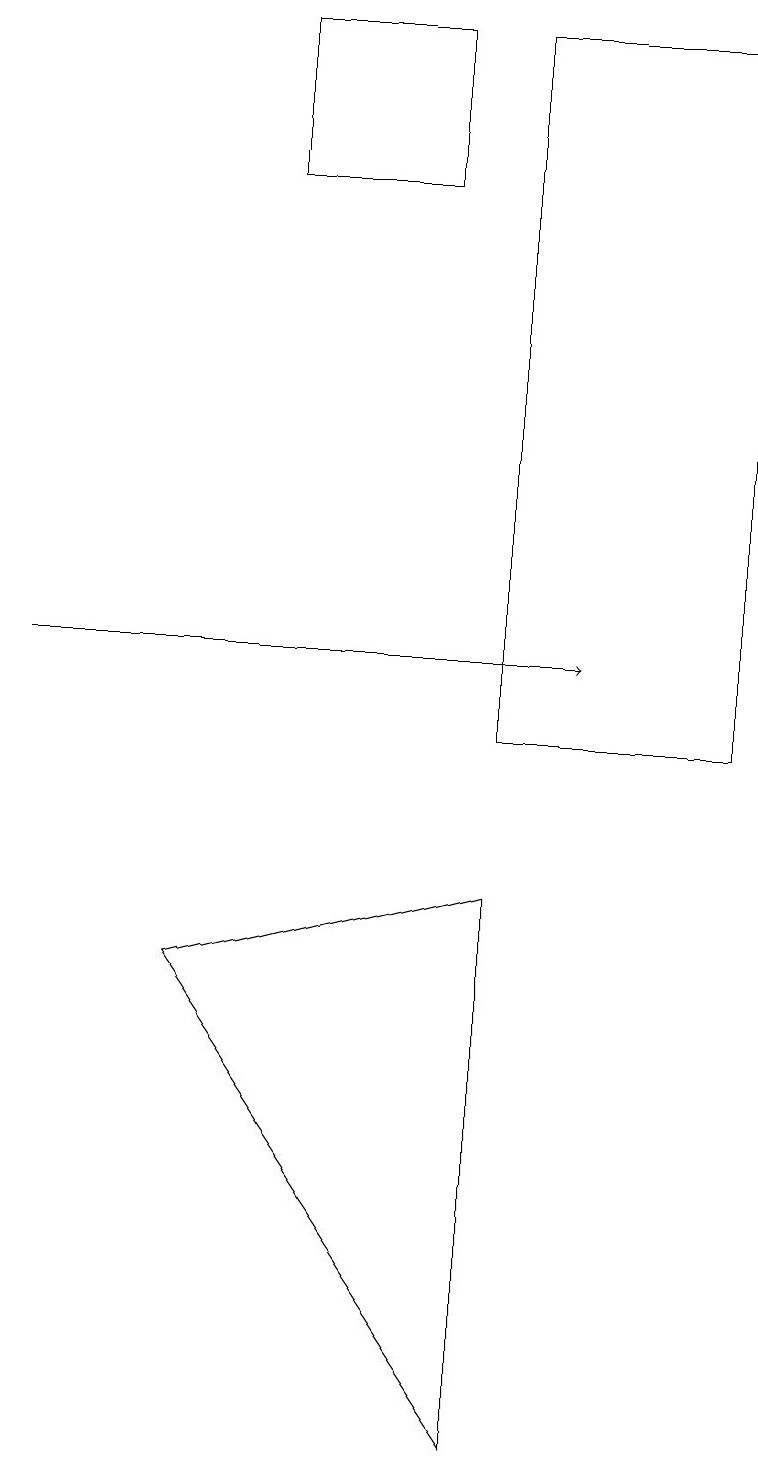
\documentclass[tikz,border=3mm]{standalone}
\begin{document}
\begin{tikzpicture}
\draw[->] (0,11) -- (7,11);
\draw (9,10) rectangle (6,19);
\draw (3,17) rectangle (5,19);
\draw (6,1) -- (6,8) -- (2,7) -- cycle;
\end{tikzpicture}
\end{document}